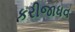
કરીજાધવ